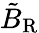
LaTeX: \tilde{B}_{\mathrm{R}}